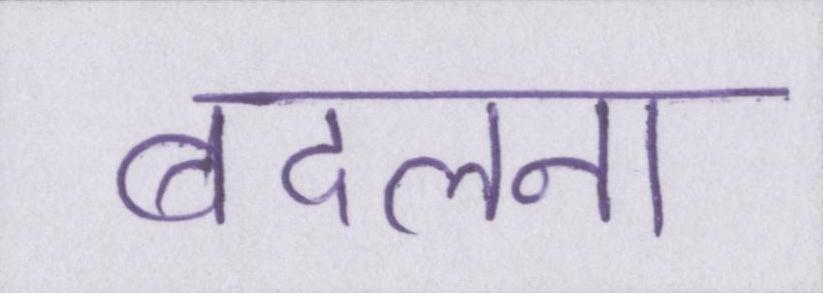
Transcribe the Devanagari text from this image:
बदलना